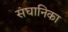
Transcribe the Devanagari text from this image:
संघानिका